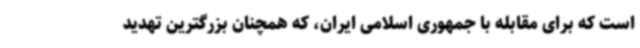
است که برای مقابله با جمهوری اسلامی ایران، که همچنان بزرگترین تهدید